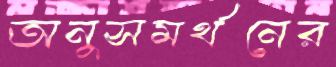
অনুসমর্থনের